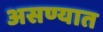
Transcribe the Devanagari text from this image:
असण्यात